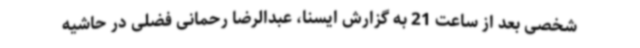
شخصی بعد از ساعت 21 به گزارش ایسنا، عبدالرضا رحمانی فضلی در حاشیه